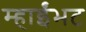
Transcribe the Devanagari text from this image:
म्हाईंभट